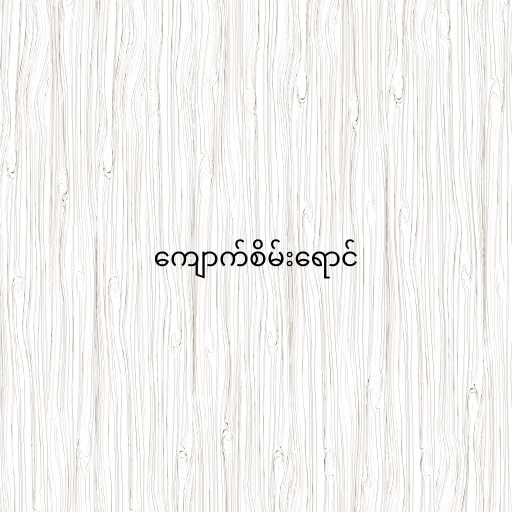
ကျောက်စိမ်းရောင်